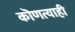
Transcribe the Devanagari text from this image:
कॊणत्याही